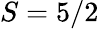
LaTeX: S=5/2